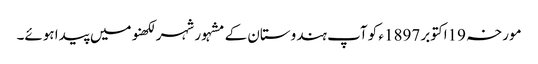
مورخہ 19اکتوبر 1897ء کو آپ ہندوستان کے مشہور شہر لکھنو میں پیدا ہوئے۔